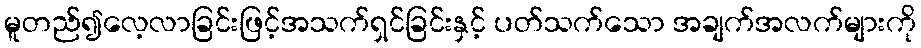
မူတည်၍လေ့လာခြင်းဖြင့်အသက်ရှင်ခြင်းနှင့် ပတ်သက်သော အချက်အလက်များကို